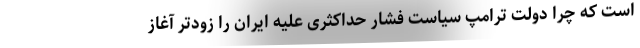
است که چرا دولت ترامپ سیاست فشار حداکثری علیه ایران را زودتر آغاز